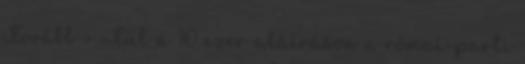
Tovább › ›Túl a 10 ezer aláíráson a római-parti